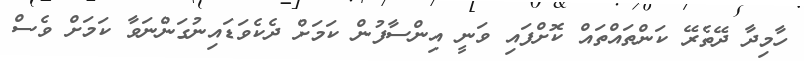
ހާމިދާ ދޭތެރޭ ކަންތައްތައް ކޮށްފައި ވަނީ އިންސާފުން ކަމަށް ދެކެވަޑައިނުގަންނަވާ ކަމަށް ވެސް